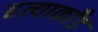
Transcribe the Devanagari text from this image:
हत्याकाँड